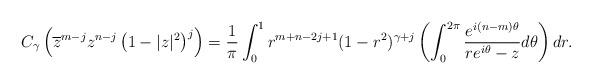
LaTeX: \begin{align*}C_{\gamma}\left(\overline{z}^{m-j}z^{n-j}\left(1- |{z}|^{2}\right)^{j}\right)= \dfrac{1}{\pi} \int_0^1 r^{m+n-2j+1} (1-r^2)^{\gamma+j} \left(\int_0^{2\pi} \dfrac{e^{i(n-m)\theta }}{re^{i\theta}-z} d\theta\right)dr.\end{align*}